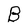
Character: B